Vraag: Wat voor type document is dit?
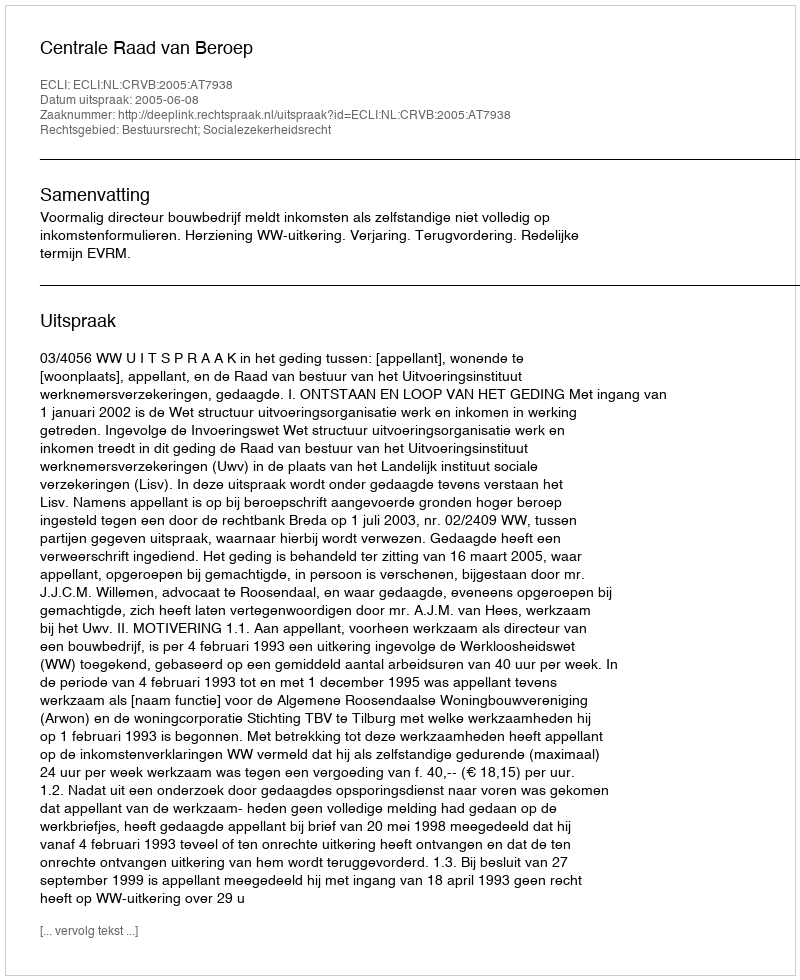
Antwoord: Uitspraak